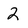
Character: 2